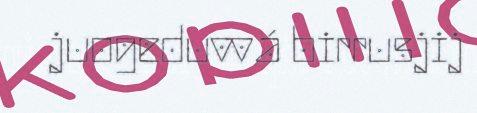
juogeduvvá birrusjij